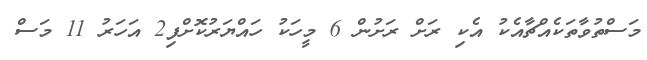
މަސްތުވާތަކެއްޗާއެކު އެކި ރަށް ރަށުން 6 މީހަކު ހައްޔަރުކޮށްފި2 އަހަރު 11 މަސް